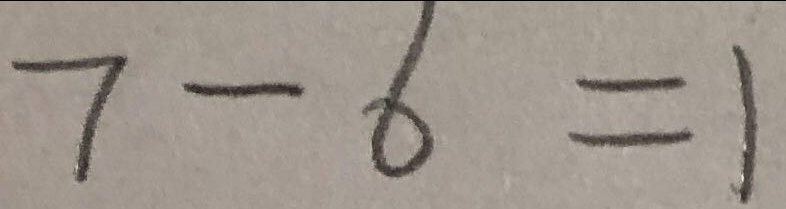
7 - 6 = 1